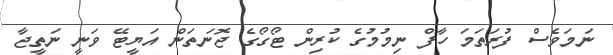
ނަމަވެސް ފުރަތަމަ ހާފް ނިމުމުގެ ކުރިން ޓޯގޯގެ ޖޮނަތަން އަޔީޓޭ ވަނީ ނަތީޖާ